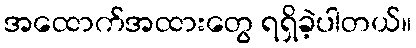
အထောက်အထားတွေ ရရှိခဲ့ပါတယ်။